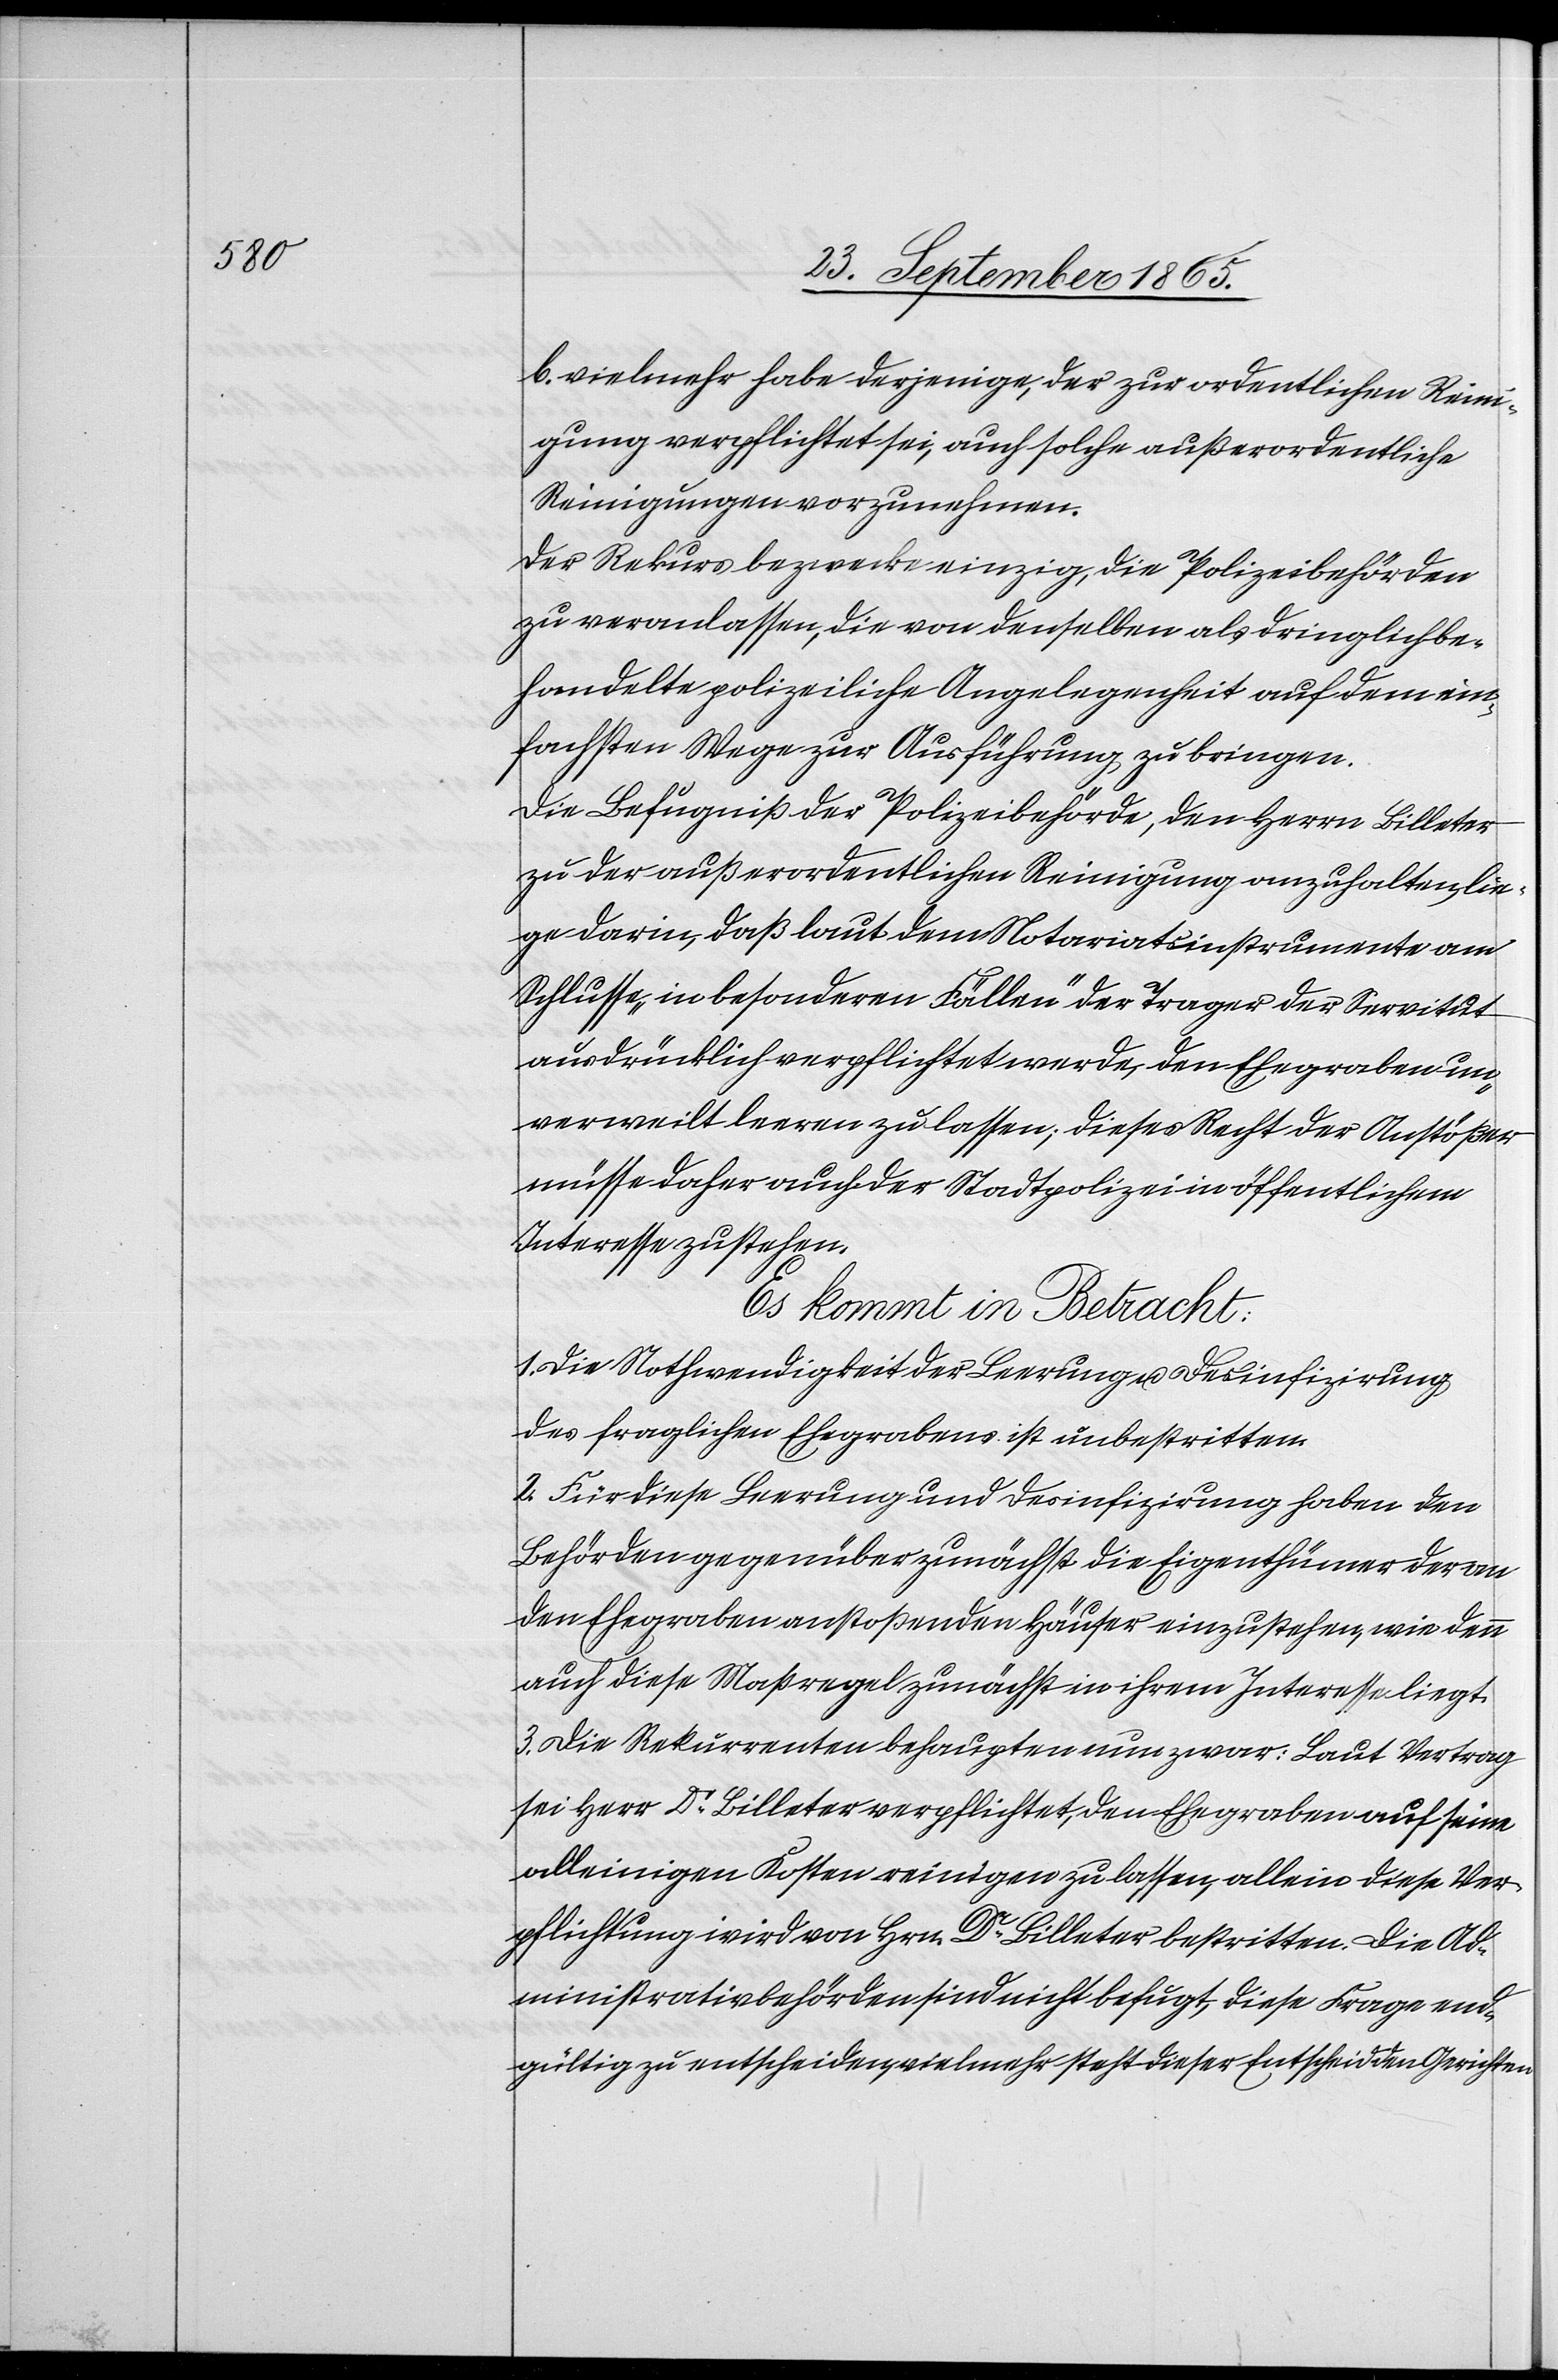
b. vielmehr habe derjenige, der zur ordentlichen Reini¬
gung verpflichtet sei, auch solche außerordentliche
Reinigungen vorzunehmen.
Der Rekurs bezwecke einzig, die Polizeibehörden
zu veranlassen, die von denselben als dringlich be¬
handelte polizeiliche Angelegenheit auf dem ein¬
fachsten Wege zur Ausführung zu bringen.
Die Befugniß der Polizeibehörde, den Herrn Billeter
zu der außerordentlichen Reinigung anzuhalten, lie¬
ge darin, daß laut dem Notariatsinstrumente am
Schlusse „in besonderen Fällen“ der Trager der Servitut
ausdrücklich verpflichtet werde, den Ehegraben un¬
verweilt leeren zu lassen; dieses Recht der Anstößer
müsse daher auch der Stadtpolizei in öffentlichem
Interesse zustehen.
Es kommt in Betracht:
1. Die Nothwendigkeit der Leerung u. Desinfizirung
des fraglichen Ehegrabens ist unbestritten.
2. Für diese Leerung und Desinfizirung haben den
Behörden gegenüber zunächst die Eigenthümer der an
den Ehegraben anstoßenden Häuser einzustehen, wie denn
auch diese Maßregel zunächst in ihrem Interesse liegt.
3. Die Rekurrenten behaupten nun zwar: Laut Vertrag
sei Herr Dr Billeter verpflichtet, den Ehegraben auf seine
alleinigen Kosten reinigen zu lassen, allein diese Ver¬
pflichtung wird von Hrn. Dr Billeter bestritten. Die Ad¬
ministrativbehörden sind nicht befugt, diese Frage end¬
gültig zu entscheiden, vielmehr steht dieser Entscheid den Gerichten